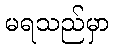
မရသည်မှာ